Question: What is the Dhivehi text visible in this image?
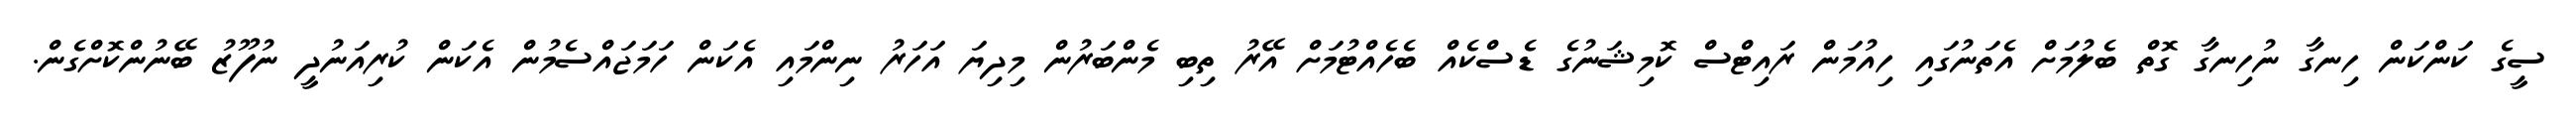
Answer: ސީގެ ކަންކަން ހިނގާ ނުހިނގާ ގޮތް ބެލުމަށް އެތަނުގައި ހިއުމަން ރައިޓްސް ކޮމިޝަނުގެ ޑެސްކެއް ބެހެއްޓުމަށް އޭރު ތިބި މެންބަރުން މިދިޔަ އަހަރު ނިންމައި އެކަން ހަމަޖައްސެމުން އެކަން ކުރިއަނުދީ ނުފޫޒު ބޭނުންކޮށްގެން.